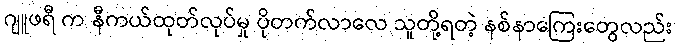
ဂျူဖရီ က နီကယ်ထုတ်လုပ်မှု ပိုတက်လာလေ သူတို့ရတဲ့ နစ်နာကြေးတွေလည်း